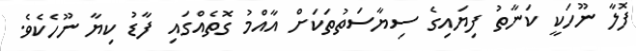
ފޮލާ ނޫހަކީ ކަނާތު ފިޔައިގެ ސިޔާސަތުތަކަށް އާއްމު ގޮތެއްގައި ފާޑު ކިޔާ ނޫހެކެވެ.